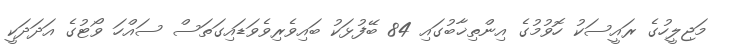
މަޖިލީހުގެ ރައީސަކު ހޮވުމުގެ އިންތިޚާބުގައި 84 ބޭފުޅަކު ބައިވެރިވެވަޑައިގަތަސް ސައްހަ ވޯޓުގެ އަދަދަކީ